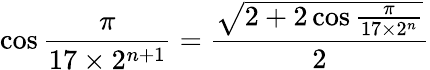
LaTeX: \cos{\frac{\pi}{17\times 2^{n+1}}}={\frac{\sqrt{2+2\cos{\frac{\pi}{17\times 2^{n}}}}}{2}}